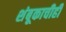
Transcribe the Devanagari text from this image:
शंबूकाचीही